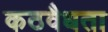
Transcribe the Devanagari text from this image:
कठवैधता